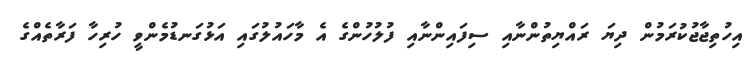
އިހުތިޖާޖުކުރަމުން ދިޔަ ރައްޔިތުންނާއި ސިފައިންނާއި ފުލުހުންގެ އެ މާހައުލުގައި އަޅުގަނޑުމެންވީ ހުރިހާ ފަރާތެއްގެ